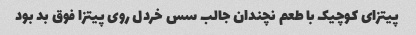
پیتزای کوچیک با طعم نچندان جالب سس خردل روی پیتزا فوق بد بود